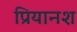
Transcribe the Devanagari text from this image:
प्रियानश